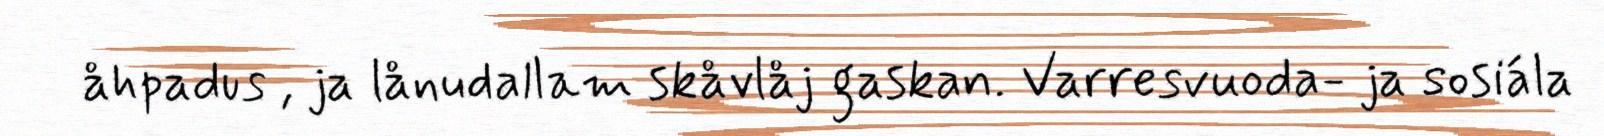
åhpadus , ja lånudallam skåvlåj gaskan. Varresvuoda- ja sosiála